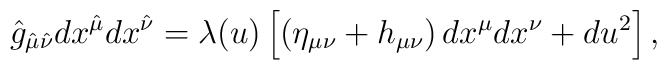
\hat{g}_{\hat{\mu}\hat{\nu}}dx^{\hat{\mu}}dx^{\hat{\nu}}=\lambda(u)\left[\left(\eta_{\mu\nu}+h_{\mu\nu}\right)dx^{\mu}dx^{\nu}+du^2\right],